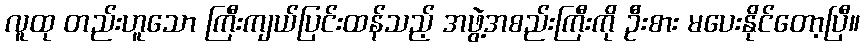
လူထု တည်းဟူသော ကြီးကျယ်ပြင်းထန်သည့် အဖွဲ့အစည်းကြီးကို ဦးစား မပေးနိုင်တော့ပြီ။